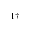
^ { 1 \dagger }